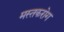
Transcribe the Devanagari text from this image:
मस्तकरोग